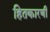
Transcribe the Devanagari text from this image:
हितकारणी